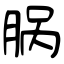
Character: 脶